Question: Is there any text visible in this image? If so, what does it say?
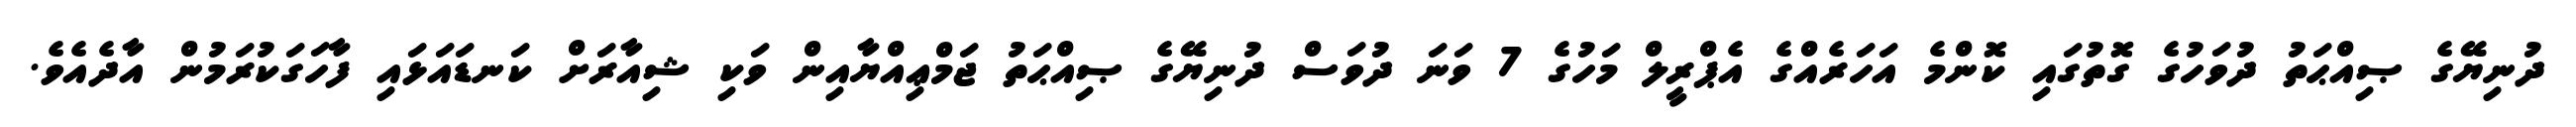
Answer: ދުނިޔޭގެ ޞިއްޙަތު ދުވަހުގެ ގޮތުގައި ކޮންމެ އަހަރެއްގެ އެޕްރީލް މަހުގެ 7 ވަނަ ދުވަސް ދުނިޔޭގެ ޞިއްޙަތު ޖަމްޢިއްޔާއިން ވަކި ޝިއާރަށް ކަނޑައަޅައި ފާހަގަކުރަމުން އާދެއެވެ.